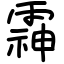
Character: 䨩